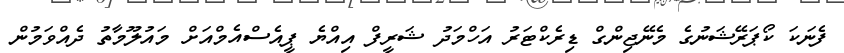
ފެނަކަ ކޯޕަރޭޝަނުގެ މެނޭޖިންގް ޑިރެކްޓަރު އަހްމަދު ޝަރީފް އިއްޔެ ޕީއެސްއެމްއަށް މައުލޫމާތު ދެއްވަމުން